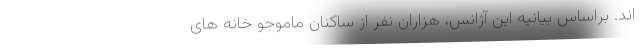
اند. براساس بیانیه این آژانس، هزاران نفر از ساکنان ماموجو خانه های